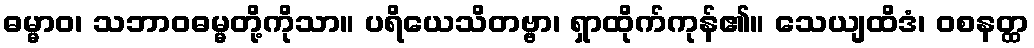
ဓမ္မာဝ၊ သဘာဝဓမ္မတို့ကိုသာ။ ပရိယေသိတဗ္ဗာ၊ ရှာထိုက်ကုန်၏။ သေယျထိဒံ၊ ဝစနတ္ထ